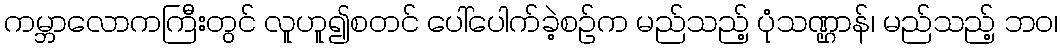
ကမ္ဘာလောကကြီးတွင် လူဟူ၍စတင် ပေါ်ပေါက်ခဲ့စဉ်က မည်သည့် ပုံသဏ္ဌာန်၊ မည်သည့် ဘဝ၊